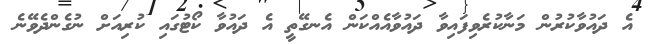
އެ ދައުވާކުރުން މަނާކުރެވިފައިވާ ދައުވާއެއްކަން އެނގޭތީ އެ ދައުވާ ކޯޓުގައި ކުރިއަށް ނުގެންދެވޭނެ